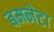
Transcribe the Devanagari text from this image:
बमनेटा